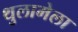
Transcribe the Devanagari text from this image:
थुलामेला